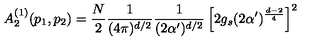
A _ { 2 } ^ { ( 1 ) } ( p _ { 1 } , p _ { 2 } ) = \frac { N } { 2 } \frac { 1 } { ( 4 \pi ) ^ { d / 2 } } \frac { 1 } { ( 2 \alpha ^ { \prime } ) ^ { d / 2 } } \left[ 2 g _ { s } ( 2 \alpha ^ { \prime } ) ^ { \frac { d - 2 } { 4 } } \right] ^ { 2 }